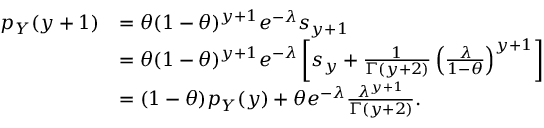
\begin{array} { r l } { p _ { Y } ( y + 1 ) } & { = \theta { ( 1 - \theta ) ^ { y + 1 } } e ^ { - \lambda } s _ { y + 1 } } \\ & { = \theta { ( 1 - \theta ) ^ { y + 1 } } e ^ { - \lambda } \left[ s _ { y } + \frac { 1 } { \Gamma ( y + 2 ) } \left( \frac { \lambda } { 1 - \theta } \right) ^ { y + 1 } \right] } \\ & { = ( 1 - \theta ) p _ { Y } ( y ) + \theta e ^ { - \lambda } \frac { { \lambda } ^ { y + 1 } } { \Gamma ( y + 2 ) } . } \end{array}